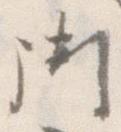
御